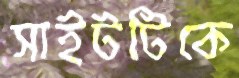
সাইটটিকে